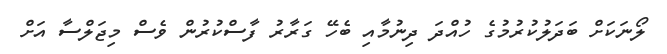
ލޯނަކަށް ބަދަލުކުރުމުގެ ހުއްދަ ދިނުމާއި ބެހޭ ގަރާރު ފާސްކުރުން ވެސް މިޖަލްސާ އަށް